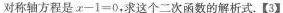
对称轴方程是$$x - 1 = 0$$，求这个二次函数的解析式。【3】